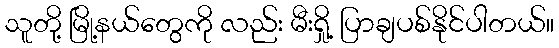
သူတို့ မြို့နယ်တွေကို လည်း မီးရှို့ ပြာချပစ်နိုင်ပါတယ်။